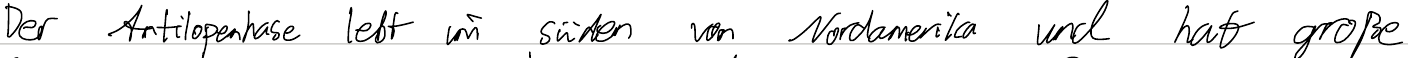
Der Antilopenhase lebt im Süden von Nordamerika und hat große